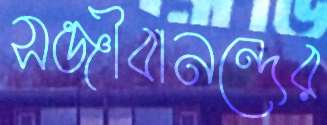
সঞ্জীবানন্দের